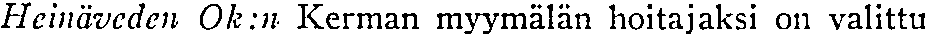
Heinäveden Ok:n Kerman myymälän hoitajaksi on valittu